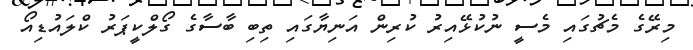
މިރޭގެ މެޗުގައި މެސީ ނުކުޅޭއިރު ކުރިން އަނިޔާގައި ތިބި ބާސާގެ ގޯލްކީޕަރު ކްލައުޑިއޯ